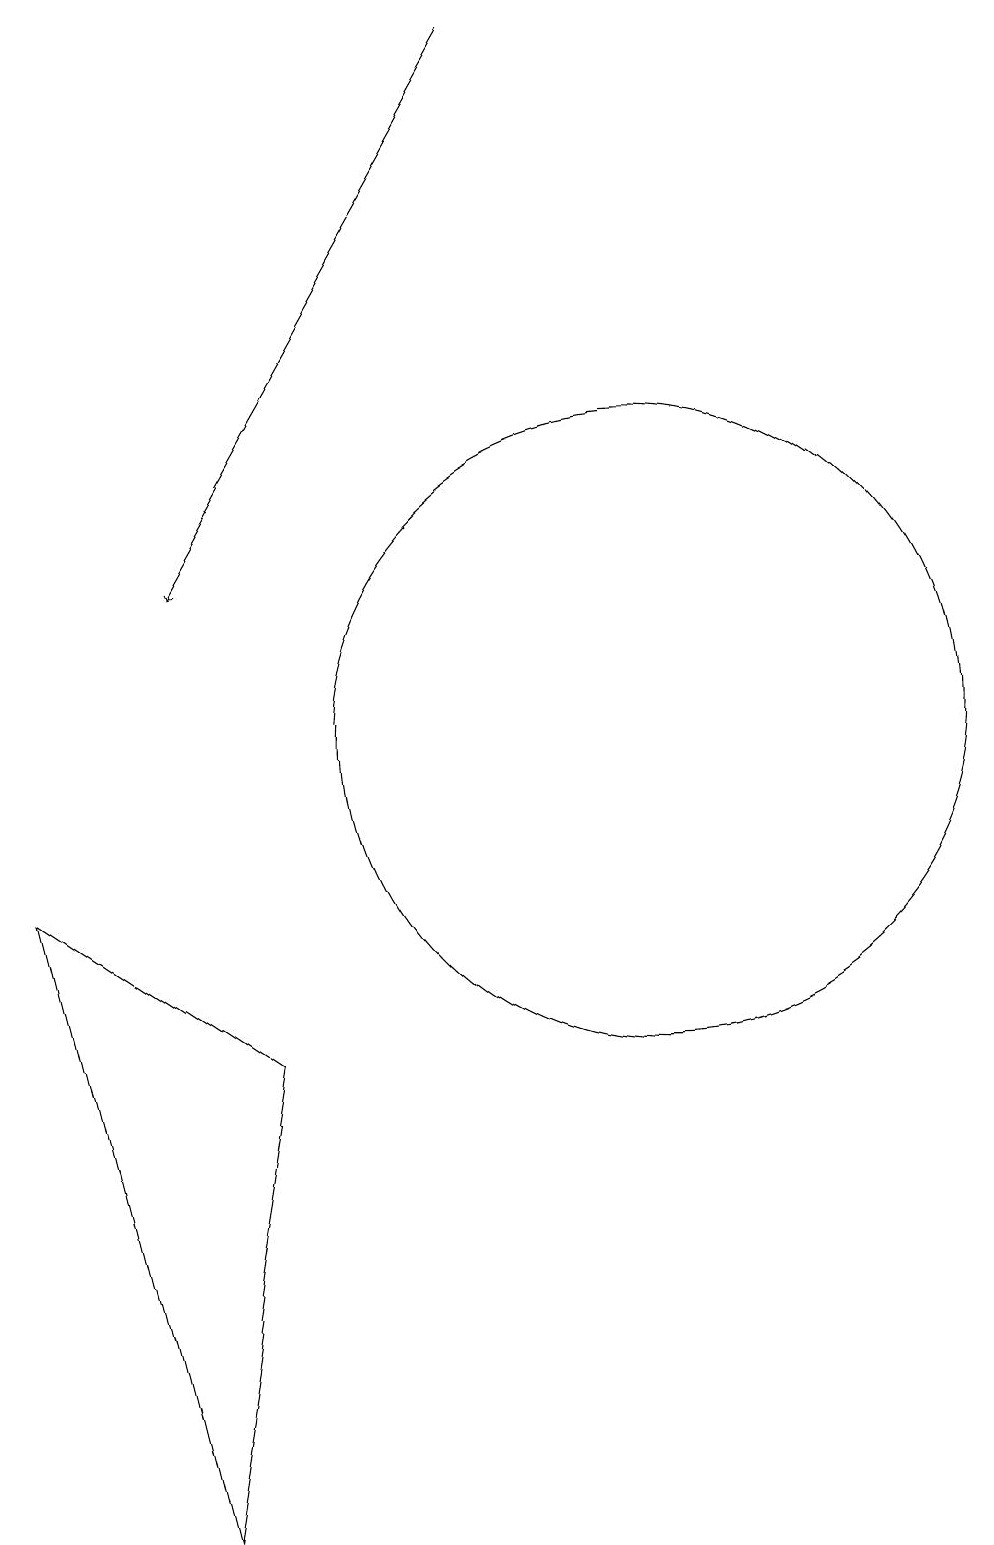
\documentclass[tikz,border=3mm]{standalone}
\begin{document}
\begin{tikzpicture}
\draw (11,10) circle (4);
\draw (3,8) -- (5,0) -- (6,6) -- cycle;
\draw[->] (9,19) -- (5,12);
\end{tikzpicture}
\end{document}